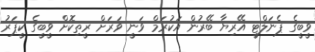
ވީބީގެ ޕެނަލްޓީ އޭރިޔާ ބޭރުން އަކުރަމް ވަނީ ވަރަށް ރީތިކޮށް ވީބީގެ ކީޕަރު